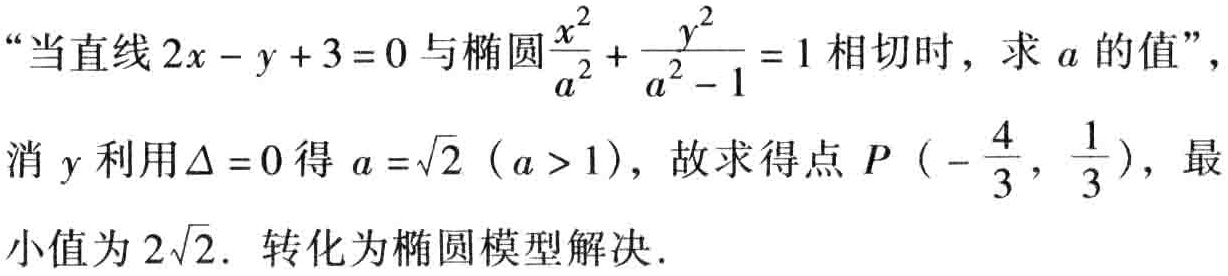
“当直线\(2x - y + 3 = 0\)与椭圆\(\frac{x^{2}}{a^{2}} + \frac{y^{2}}{a^{2} - 1} = 1\)相切时，求\(a\)的值”，
消\(y\)利用\(\Delta = 0\)得\(a = \sqrt{2}\)（\(a > 1\)），故求得点\(P\left(-\frac{4}{3}, \frac{1}{3}\right)\)，最小值为\(2\sqrt{2}\). 转化为椭圆模型解决.